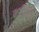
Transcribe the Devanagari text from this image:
कष्टीकरी